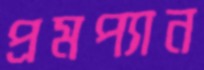
প্রমপ্যান